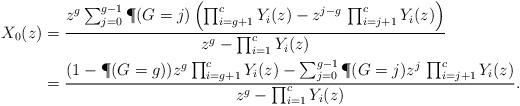
LaTeX: \begin{align*}X_0(z) &= \frac{z^g \sum_{j=0}^{g-1} \P(G=j) \left(\prod_{i=g+1}^c Y_i(z) - z^{j-g}\,\prod_{i=j+1}^c Y_i(z)\right)}{z^g-\prod_{i=1}^c Y_i(z)}\\&= \frac{(1-\P(G=g)) z^g \prod_{i=g+1}^c Y_i(z) - \sum_{j=0}^{g-1} \P(G=j) z^{j}\,\prod_{i=j+1}^c Y_i(z)}{z^g-\prod_{i=1}^c Y_i(z)}.\end{align*}